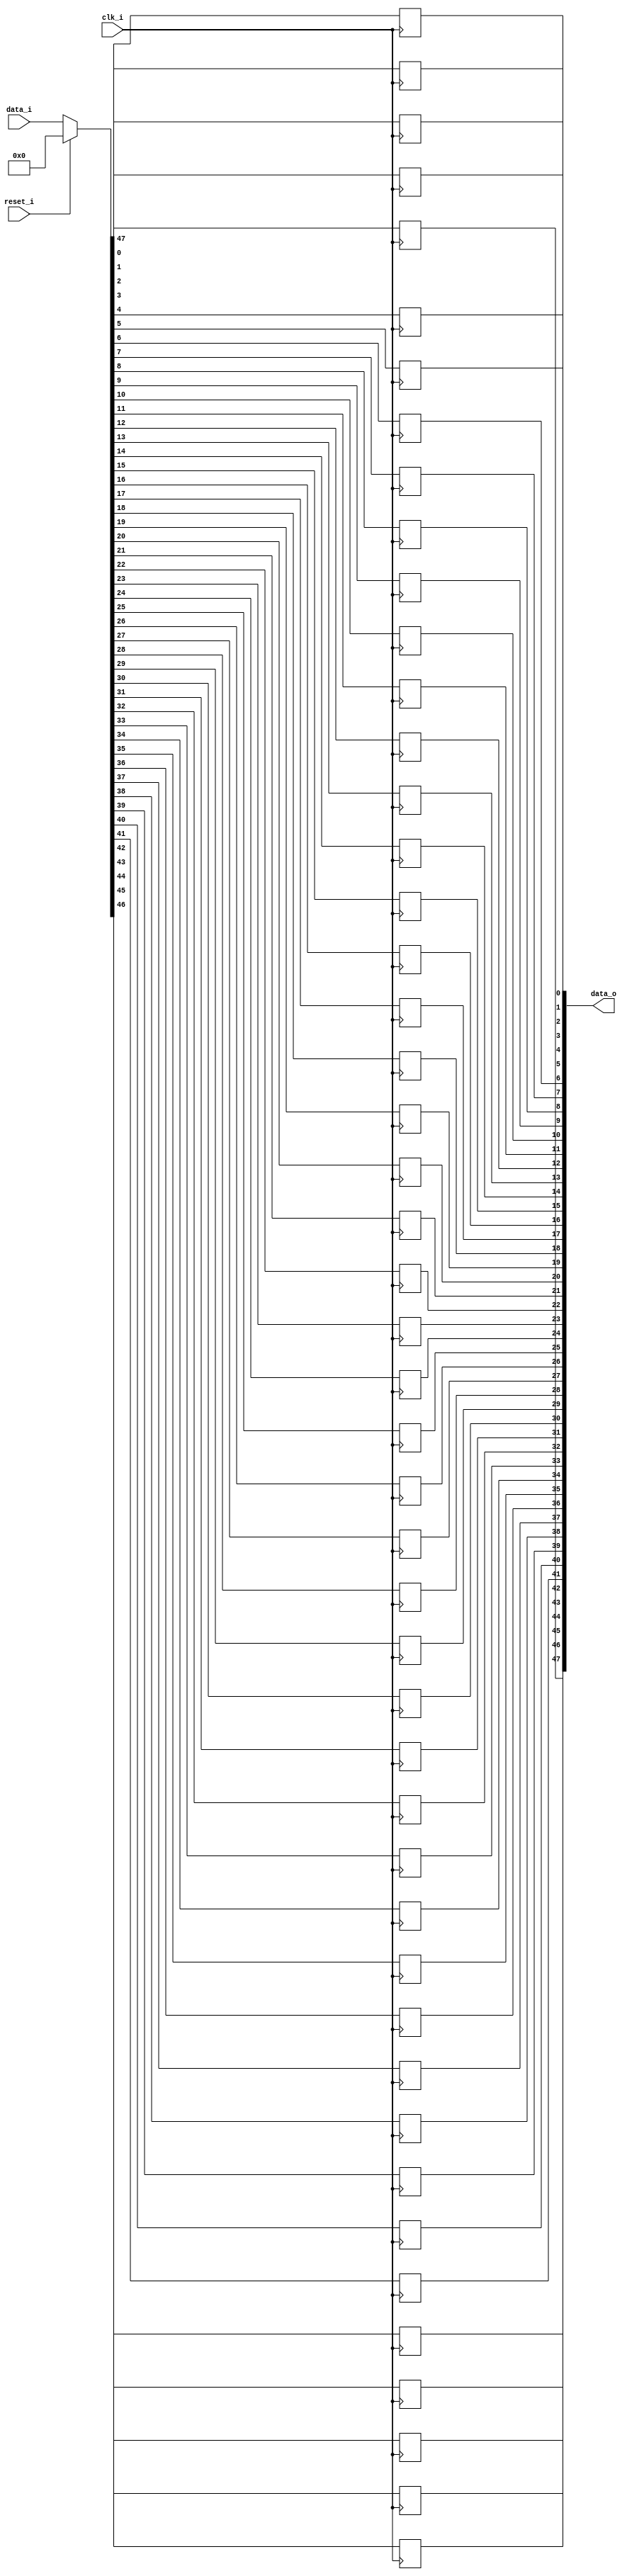
module bsg_dff_reset_width_p48
(
  clk_i,
  reset_i,
  data_i,
  data_o
);

  input [47:0] data_i;
  output [47:0] data_o;
  input clk_i;
  input reset_i;
  wire [47:0] data_o;
  wire N0,N1,N2,N3,N4,N5,N6,N7,N8,N9,N10,N11,N12,N13,N14,N15,N16,N17,N18,N19,N20,N21,
  N22,N23,N24,N25,N26,N27,N28,N29,N30,N31,N32,N33,N34,N35,N36,N37,N38,N39,N40,N41,
  N42,N43,N44,N45,N46,N47,N48,N49,N50;
  reg data_o_47_sv2v_reg,data_o_46_sv2v_reg,data_o_45_sv2v_reg,data_o_44_sv2v_reg,
  data_o_43_sv2v_reg,data_o_42_sv2v_reg,data_o_41_sv2v_reg,data_o_40_sv2v_reg,
  data_o_39_sv2v_reg,data_o_38_sv2v_reg,data_o_37_sv2v_reg,data_o_36_sv2v_reg,
  data_o_35_sv2v_reg,data_o_34_sv2v_reg,data_o_33_sv2v_reg,data_o_32_sv2v_reg,
  data_o_31_sv2v_reg,data_o_30_sv2v_reg,data_o_29_sv2v_reg,data_o_28_sv2v_reg,data_o_27_sv2v_reg,
  data_o_26_sv2v_reg,data_o_25_sv2v_reg,data_o_24_sv2v_reg,data_o_23_sv2v_reg,
  data_o_22_sv2v_reg,data_o_21_sv2v_reg,data_o_20_sv2v_reg,data_o_19_sv2v_reg,
  data_o_18_sv2v_reg,data_o_17_sv2v_reg,data_o_16_sv2v_reg,data_o_15_sv2v_reg,
  data_o_14_sv2v_reg,data_o_13_sv2v_reg,data_o_12_sv2v_reg,data_o_11_sv2v_reg,
  data_o_10_sv2v_reg,data_o_9_sv2v_reg,data_o_8_sv2v_reg,data_o_7_sv2v_reg,data_o_6_sv2v_reg,
  data_o_5_sv2v_reg,data_o_4_sv2v_reg,data_o_3_sv2v_reg,data_o_2_sv2v_reg,
  data_o_1_sv2v_reg,data_o_0_sv2v_reg;
  assign data_o[47] = data_o_47_sv2v_reg;
  assign data_o[46] = data_o_46_sv2v_reg;
  assign data_o[45] = data_o_45_sv2v_reg;
  assign data_o[44] = data_o_44_sv2v_reg;
  assign data_o[43] = data_o_43_sv2v_reg;
  assign data_o[42] = data_o_42_sv2v_reg;
  assign data_o[41] = data_o_41_sv2v_reg;
  assign data_o[40] = data_o_40_sv2v_reg;
  assign data_o[39] = data_o_39_sv2v_reg;
  assign data_o[38] = data_o_38_sv2v_reg;
  assign data_o[37] = data_o_37_sv2v_reg;
  assign data_o[36] = data_o_36_sv2v_reg;
  assign data_o[35] = data_o_35_sv2v_reg;
  assign data_o[34] = data_o_34_sv2v_reg;
  assign data_o[33] = data_o_33_sv2v_reg;
  assign data_o[32] = data_o_32_sv2v_reg;
  assign data_o[31] = data_o_31_sv2v_reg;
  assign data_o[30] = data_o_30_sv2v_reg;
  assign data_o[29] = data_o_29_sv2v_reg;
  assign data_o[28] = data_o_28_sv2v_reg;
  assign data_o[27] = data_o_27_sv2v_reg;
  assign data_o[26] = data_o_26_sv2v_reg;
  assign data_o[25] = data_o_25_sv2v_reg;
  assign data_o[24] = data_o_24_sv2v_reg;
  assign data_o[23] = data_o_23_sv2v_reg;
  assign data_o[22] = data_o_22_sv2v_reg;
  assign data_o[21] = data_o_21_sv2v_reg;
  assign data_o[20] = data_o_20_sv2v_reg;
  assign data_o[19] = data_o_19_sv2v_reg;
  assign data_o[18] = data_o_18_sv2v_reg;
  assign data_o[17] = data_o_17_sv2v_reg;
  assign data_o[16] = data_o_16_sv2v_reg;
  assign data_o[15] = data_o_15_sv2v_reg;
  assign data_o[14] = data_o_14_sv2v_reg;
  assign data_o[13] = data_o_13_sv2v_reg;
  assign data_o[12] = data_o_12_sv2v_reg;
  assign data_o[11] = data_o_11_sv2v_reg;
  assign data_o[10] = data_o_10_sv2v_reg;
  assign data_o[9] = data_o_9_sv2v_reg;
  assign data_o[8] = data_o_8_sv2v_reg;
  assign data_o[7] = data_o_7_sv2v_reg;
  assign data_o[6] = data_o_6_sv2v_reg;
  assign data_o[5] = data_o_5_sv2v_reg;
  assign data_o[4] = data_o_4_sv2v_reg;
  assign data_o[3] = data_o_3_sv2v_reg;
  assign data_o[2] = data_o_2_sv2v_reg;
  assign data_o[1] = data_o_1_sv2v_reg;
  assign data_o[0] = data_o_0_sv2v_reg;

  always @(posedge clk_i) begin
    if(1'b1) begin
      data_o_47_sv2v_reg <= N50;
    end 
  end


  always @(posedge clk_i) begin
    if(1'b1) begin
      data_o_46_sv2v_reg <= N49;
    end 
  end


  always @(posedge clk_i) begin
    if(1'b1) begin
      data_o_45_sv2v_reg <= N48;
    end 
  end


  always @(posedge clk_i) begin
    if(1'b1) begin
      data_o_44_sv2v_reg <= N47;
    end 
  end


  always @(posedge clk_i) begin
    if(1'b1) begin
      data_o_43_sv2v_reg <= N46;
    end 
  end


  always @(posedge clk_i) begin
    if(1'b1) begin
      data_o_42_sv2v_reg <= N45;
    end 
  end


  always @(posedge clk_i) begin
    if(1'b1) begin
      data_o_41_sv2v_reg <= N44;
    end 
  end


  always @(posedge clk_i) begin
    if(1'b1) begin
      data_o_40_sv2v_reg <= N43;
    end 
  end


  always @(posedge clk_i) begin
    if(1'b1) begin
      data_o_39_sv2v_reg <= N42;
    end 
  end


  always @(posedge clk_i) begin
    if(1'b1) begin
      data_o_38_sv2v_reg <= N41;
    end 
  end


  always @(posedge clk_i) begin
    if(1'b1) begin
      data_o_37_sv2v_reg <= N40;
    end 
  end


  always @(posedge clk_i) begin
    if(1'b1) begin
      data_o_36_sv2v_reg <= N39;
    end 
  end


  always @(posedge clk_i) begin
    if(1'b1) begin
      data_o_35_sv2v_reg <= N38;
    end 
  end


  always @(posedge clk_i) begin
    if(1'b1) begin
      data_o_34_sv2v_reg <= N37;
    end 
  end


  always @(posedge clk_i) begin
    if(1'b1) begin
      data_o_33_sv2v_reg <= N36;
    end 
  end


  always @(posedge clk_i) begin
    if(1'b1) begin
      data_o_32_sv2v_reg <= N35;
    end 
  end


  always @(posedge clk_i) begin
    if(1'b1) begin
      data_o_31_sv2v_reg <= N34;
    end 
  end


  always @(posedge clk_i) begin
    if(1'b1) begin
      data_o_30_sv2v_reg <= N33;
    end 
  end


  always @(posedge clk_i) begin
    if(1'b1) begin
      data_o_29_sv2v_reg <= N32;
    end 
  end


  always @(posedge clk_i) begin
    if(1'b1) begin
      data_o_28_sv2v_reg <= N31;
    end 
  end


  always @(posedge clk_i) begin
    if(1'b1) begin
      data_o_27_sv2v_reg <= N30;
    end 
  end


  always @(posedge clk_i) begin
    if(1'b1) begin
      data_o_26_sv2v_reg <= N29;
    end 
  end


  always @(posedge clk_i) begin
    if(1'b1) begin
      data_o_25_sv2v_reg <= N28;
    end 
  end


  always @(posedge clk_i) begin
    if(1'b1) begin
      data_o_24_sv2v_reg <= N27;
    end 
  end


  always @(posedge clk_i) begin
    if(1'b1) begin
      data_o_23_sv2v_reg <= N26;
    end 
  end


  always @(posedge clk_i) begin
    if(1'b1) begin
      data_o_22_sv2v_reg <= N25;
    end 
  end


  always @(posedge clk_i) begin
    if(1'b1) begin
      data_o_21_sv2v_reg <= N24;
    end 
  end


  always @(posedge clk_i) begin
    if(1'b1) begin
      data_o_20_sv2v_reg <= N23;
    end 
  end


  always @(posedge clk_i) begin
    if(1'b1) begin
      data_o_19_sv2v_reg <= N22;
    end 
  end


  always @(posedge clk_i) begin
    if(1'b1) begin
      data_o_18_sv2v_reg <= N21;
    end 
  end


  always @(posedge clk_i) begin
    if(1'b1) begin
      data_o_17_sv2v_reg <= N20;
    end 
  end


  always @(posedge clk_i) begin
    if(1'b1) begin
      data_o_16_sv2v_reg <= N19;
    end 
  end


  always @(posedge clk_i) begin
    if(1'b1) begin
      data_o_15_sv2v_reg <= N18;
    end 
  end


  always @(posedge clk_i) begin
    if(1'b1) begin
      data_o_14_sv2v_reg <= N17;
    end 
  end


  always @(posedge clk_i) begin
    if(1'b1) begin
      data_o_13_sv2v_reg <= N16;
    end 
  end


  always @(posedge clk_i) begin
    if(1'b1) begin
      data_o_12_sv2v_reg <= N15;
    end 
  end


  always @(posedge clk_i) begin
    if(1'b1) begin
      data_o_11_sv2v_reg <= N14;
    end 
  end


  always @(posedge clk_i) begin
    if(1'b1) begin
      data_o_10_sv2v_reg <= N13;
    end 
  end


  always @(posedge clk_i) begin
    if(1'b1) begin
      data_o_9_sv2v_reg <= N12;
    end 
  end


  always @(posedge clk_i) begin
    if(1'b1) begin
      data_o_8_sv2v_reg <= N11;
    end 
  end


  always @(posedge clk_i) begin
    if(1'b1) begin
      data_o_7_sv2v_reg <= N10;
    end 
  end


  always @(posedge clk_i) begin
    if(1'b1) begin
      data_o_6_sv2v_reg <= N9;
    end 
  end


  always @(posedge clk_i) begin
    if(1'b1) begin
      data_o_5_sv2v_reg <= N8;
    end 
  end


  always @(posedge clk_i) begin
    if(1'b1) begin
      data_o_4_sv2v_reg <= N7;
    end 
  end


  always @(posedge clk_i) begin
    if(1'b1) begin
      data_o_3_sv2v_reg <= N6;
    end 
  end


  always @(posedge clk_i) begin
    if(1'b1) begin
      data_o_2_sv2v_reg <= N5;
    end 
  end


  always @(posedge clk_i) begin
    if(1'b1) begin
      data_o_1_sv2v_reg <= N4;
    end 
  end


  always @(posedge clk_i) begin
    if(1'b1) begin
      data_o_0_sv2v_reg <= N3;
    end 
  end

  assign { N50, N49, N48, N47, N46, N45, N44, N43, N42, N41, N40, N39, N38, N37, N36, N35, N34, N33, N32, N31, N30, N29, N28, N27, N26, N25, N24, N23, N22, N21, N20, N19, N18, N17, N16, N15, N14, N13, N12, N11, N10, N9, N8, N7, N6, N5, N4, N3 } = (N0)? { 1'b0, 1'b0, 1'b0, 1'b0, 1'b0, 1'b0, 1'b0, 1'b0, 1'b0, 1'b0, 1'b0, 1'b0, 1'b0, 1'b0, 1'b0, 1'b0, 1'b0, 1'b0, 1'b0, 1'b0, 1'b0, 1'b0, 1'b0, 1'b0, 1'b0, 1'b0, 1'b0, 1'b0, 1'b0, 1'b0, 1'b0, 1'b0, 1'b0, 1'b0, 1'b0, 1'b0, 1'b0, 1'b0, 1'b0, 1'b0, 1'b0, 1'b0, 1'b0, 1'b0, 1'b0, 1'b0, 1'b0, 1'b0 } : 
                                                                                                                                                                                                                                                       (N1)? data_i : 1'b0;
  assign N0 = reset_i;
  assign N1 = N2;
  assign N2 = ~reset_i;

endmodule